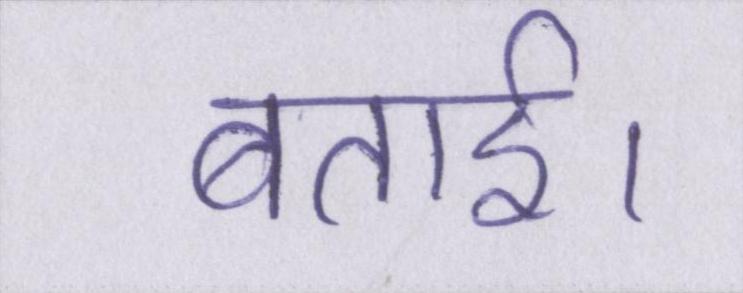
बताई।